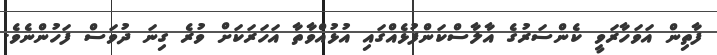
ފާތިން އަވަހާރަވީ ކެންސަރުގެ އާލާސްކަންފުޅެއްގައި އުޅުއްވާތާ އަހަރަކަށް ވުރެ ގިނަ ދުވަސް ފަހުންނެވެ.